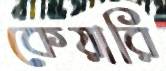
কেয়ারি